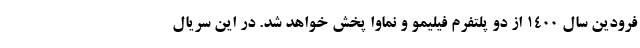
فرودین سال ۱۴۰۰ از دو پلتفرم فیلیمو و نماوا پخش خواهد شد. در این سریال